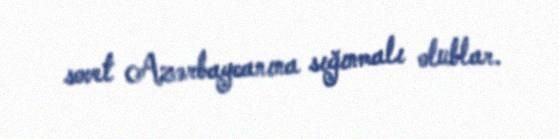
sovet Azərbaycanına sığınmalı olublar.